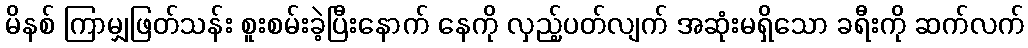
မိနစ် ကြာမျှဖြတ်သန်း စူးစမ်းခဲ့ပြီးနောက် နေကို လှည့်ပတ်လျက် အဆုံးမရှိသော ခရီးကို ဆက်လက်